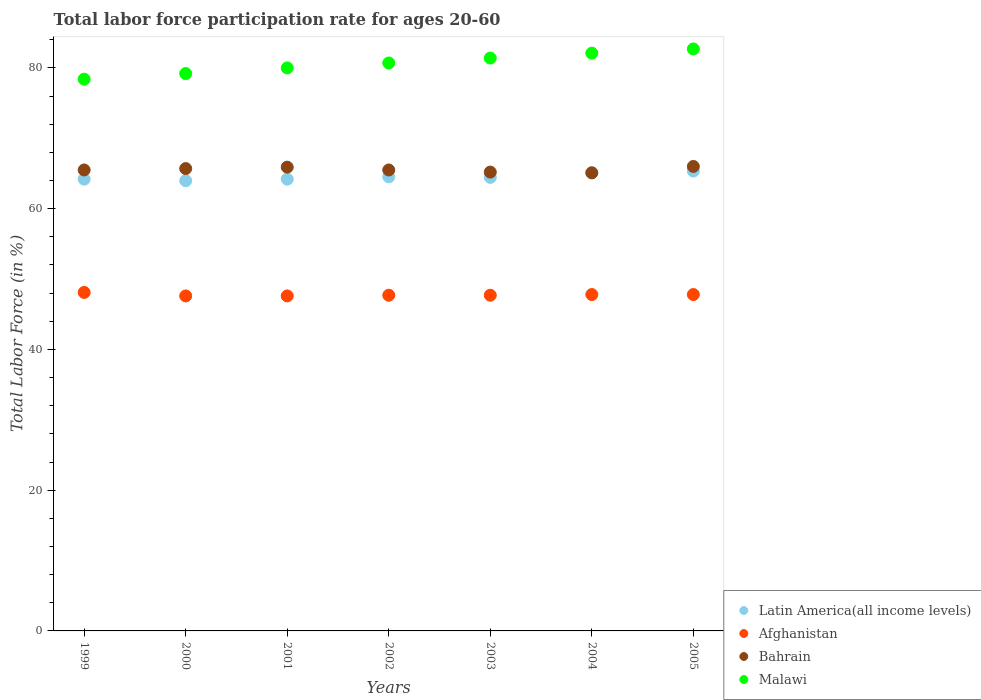
| Years | Latin America(all income levels) | Afghanistan | Bahrain | Malawi |
 | --- | --- | --- | --- | --- |
 | 1999 | 64.2 | 48.1 | 65.5 | 78.4 |
 | 2000 | 64 | 47.6 | 65.7 | 79.2 |
 | 2001 | 64.2 | 47.6 | 65.9 | 80 |
 | 2002 | 64.5 | 47.7 | 65.5 | 80.7 |
 | 2003 | 64.4 | 47.7 | 65.2 | 81.4 |
 | 2004 | 65.1 | 47.8 | 65.1 | 82.1 |
 | 2005 | 65.3 | 47.8 | 66 | 82.7 |